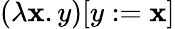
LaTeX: (\lambda\mathbf{x}.y)[y:=\mathbf{x}]